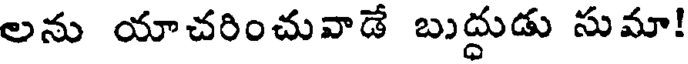
లను యాచరించువాడే బుద్దుడు సుమా!